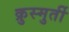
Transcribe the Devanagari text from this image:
क्रुस्मुर्ती